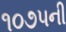
૧૦૭૫ની